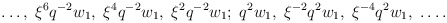
\begin{align*}\ldots,\; \xi^6q^{-2}w_1,\; \xi^4q^{-2}w_1,\; \xi^2q^{-2}w_1;\;q^2w_1,\; \xi^{-2}q^{2}w_1,\; \xi^{-4}q^{2}w_1,\; \ldots.\end{align*}